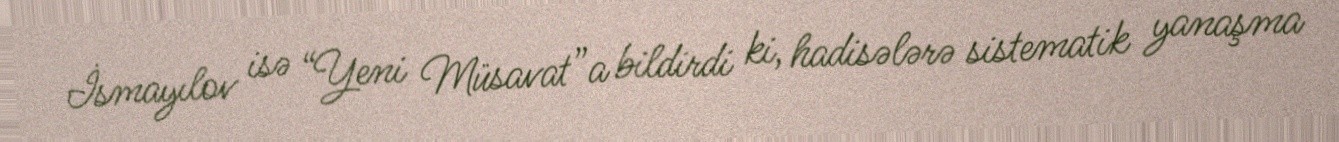
İsmayılov isə “Yeni Müsavat”a bildirdi ki, hadisələrə sistematik yanaşma